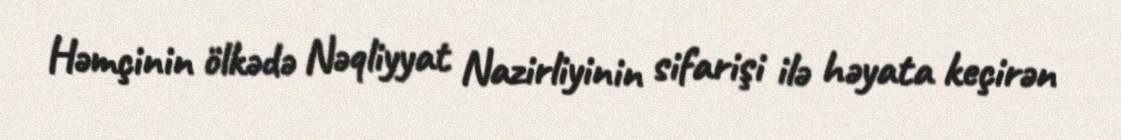
Həmçinin ölkədə Nəqliyyat Nazirliyinin sifarişi ilə həyata keçirən